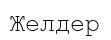
Желдер